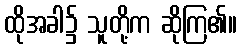
ထိုအခါ၌ သူတို့က ဆိုကြ၏။